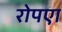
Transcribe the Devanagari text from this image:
रोपएा